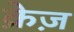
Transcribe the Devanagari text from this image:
क्रेज़